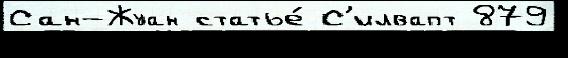
Сан-Жуан статье́ С'илвапт 879